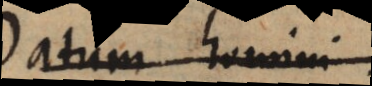
Datum homini,